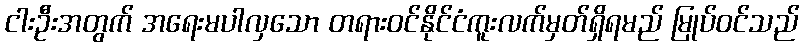
ငါးဦးအတွက် အရေးမပါလှသော တရားဝင်နိုင်ငံကူးလက်မှတ်ရှိရမည် မြုပ်ဝင်သည်